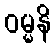
ဝမ္မနိ